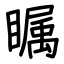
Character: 瞩